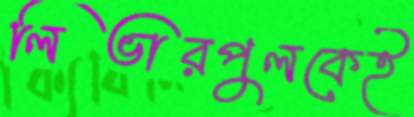
লিভারপুলকেই